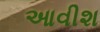
આવીશ